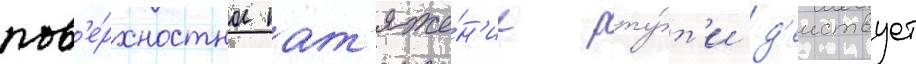
пов'е́рхностное нат'яже́н'ие рту́т'и д'еиствует